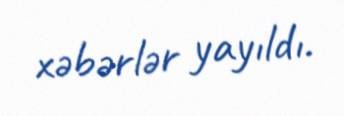
xəbərlər yayıldı.